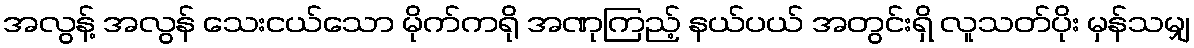
အလွန့် အလွန် သေးငယ်သော မိုက်ကရို အဏုကြည့် နယ်ပယ် အတွင်းရှိ လူသတ်ပိုး မှန်သမျှ